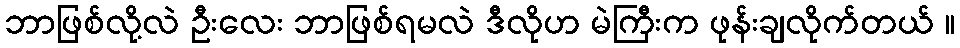
ဘာဖြစ်လို့လဲ ဦးလေး ဘာဖြစ်ရမလဲ ဒီလိုဟ မဲကြီးက ဖုန်းချလိုက်တယ် ။